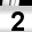
Digit: 2